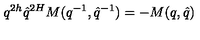
q ^ { 2 h } \hat { q } ^ { 2 H } M ( q ^ { - 1 } , \hat { q } ^ { - 1 } ) = - M ( q , \hat { q } )